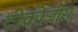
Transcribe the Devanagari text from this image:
टीकोजीस